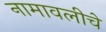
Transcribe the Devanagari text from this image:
नामावलीचे